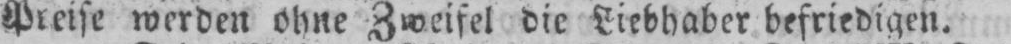
Preise werden ohne Zweifel die Liebhaber befriedigen.